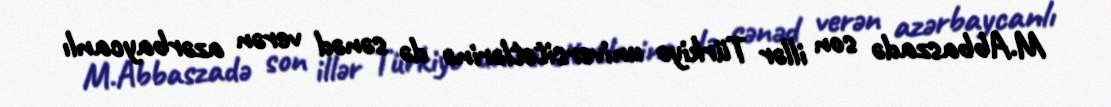
M.Abbaszadə son illər Türkiyə universitetlərinə də sənəd verən azərbaycanlı